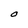
Character: O